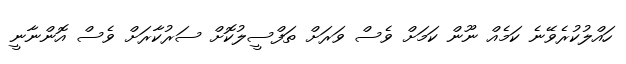
ހައްލުކުރެވޭނެ ކަމެއް ނޫން ކަމަށް ވެސް ވަރަށް ތަފްސީލުކޮށް ސަރުކާރަށް ވެސް އޮންނާނީ